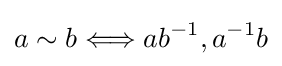
a\sim b\Longleftrightarrow ab^{-1},a^{-1}b